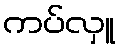
ကပ်လှူ